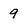
Character: 9